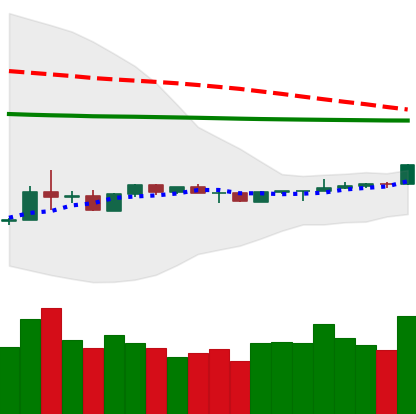
Ticker: LTC-USD
Chart end date: 2020-04-06
Forward return: -4.668%
Label: down_3_5